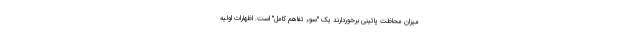
میزان محاظت پائینی برخوردارند یک "سوء تفاهم کامل" است. اظهارات اولیه